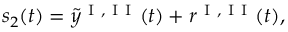
s _ { 2 } ( t ) = \tilde { y } ^ { \mathrm { ~ I ~ , ~ I ~ I ~ } } ( t ) + r ^ { \mathrm { ~ I ~ , ~ I ~ I ~ } } ( t ) ,